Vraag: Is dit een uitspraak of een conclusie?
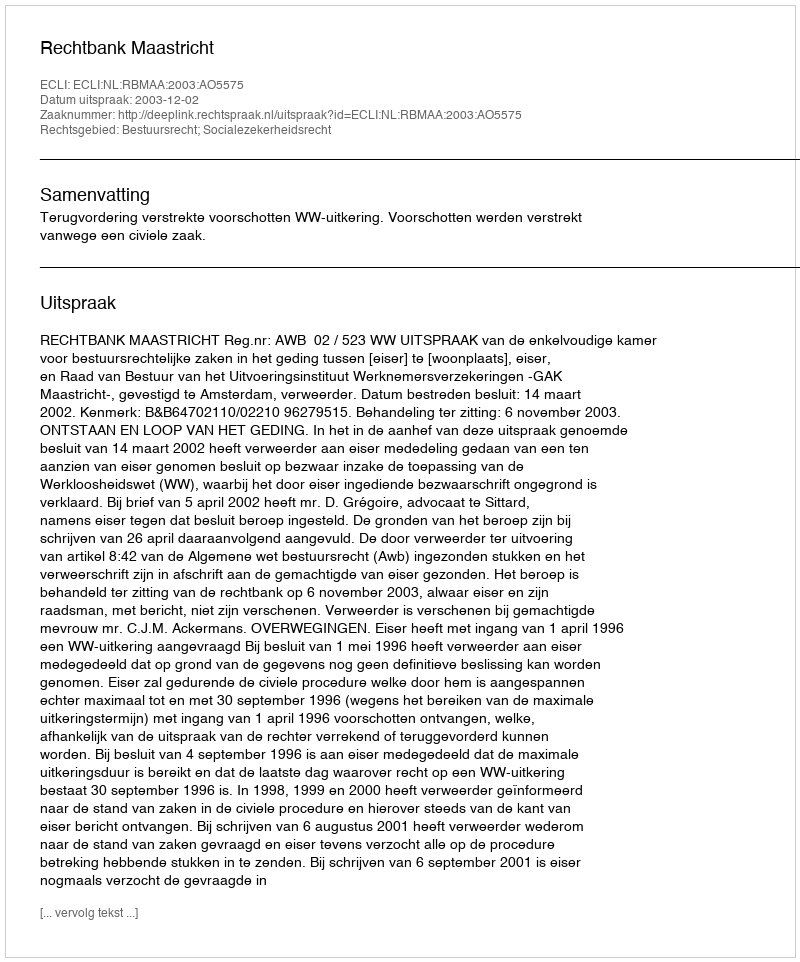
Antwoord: Uitspraak